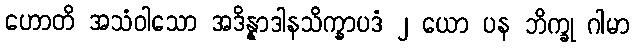
ဟောတိ အသံဝါသော အဒိန္နာဒါနသိက္ခာပဒံ ၂ ယော ပန ဘိက္ခု ဂါမာ